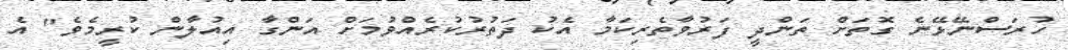
ހުރަސްނޭޅޭނެ ގޮތަށް ތަންދީ ފަރުވާތެރިކަމާ އެކު ދަތުރުކުރެއްވުމަށް އަންގާ އިއުލާން ކުރީމެވެ" އެ